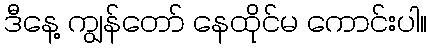
ဒီနေ့ ကျွန်တော် နေထိုင်မ ကောင်းပါ။